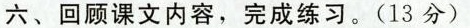
六、回顾课文内容，完成练习。(13分)